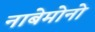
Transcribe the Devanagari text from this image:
नाबेमोनो